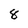
Character: 8